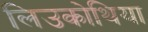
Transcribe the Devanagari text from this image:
लिउकोथिया